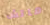
ماتش